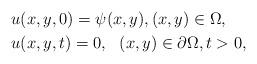
LaTeX: \begin{align*} & u(x,y,0)=\psi(x,y),(x,y)\in\Omega, \\ & u(x,y,t)=0, \ \ (x,y)\in\partial\Omega,t>0, \end{align*}